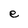
Character: e